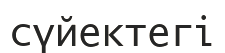
сүйектегі